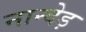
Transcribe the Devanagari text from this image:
नान्देड़